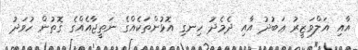
އާއި އަލްވަޒީރު ޢަބުދު އާއި ދެމެދު ހިނގި އޮޅުންތަކެއްގެ ނަތީޖާއެއްގެ ގޮތުން ހުވަދު